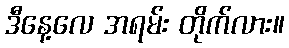
ဒီနေ့လေ အရမ်း တိုက်လား။